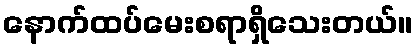
နောက်ထပ်မေးစရာရှိသေးတယ်။